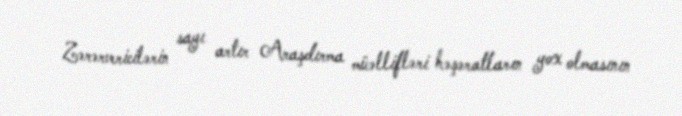
Zərərvericilərin sayı artır Araşdırma müəllifləri həşəratların yox olmasının